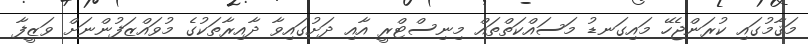
މަޤާމުގައި ކުރަންޖެހޭ މައިގަނޑު މަސައްކަތްތައް މިނިސްޓްރީ އާއި ދަށުގައިވާ ދާއިރާތަކުގެ މުވައްޒަފުންނަށް ވަޒީފާ